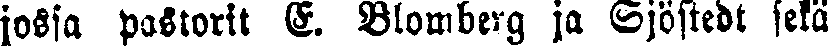
jossa pastorit S. Blomberg ja Sjöstedt sekä